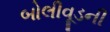
બોલીવૂડની